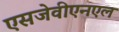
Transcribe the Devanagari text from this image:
एसजेवीएनएल